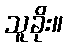
သူခိုး။